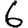
Digit: 6